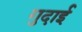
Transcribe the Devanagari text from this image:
गुदाई